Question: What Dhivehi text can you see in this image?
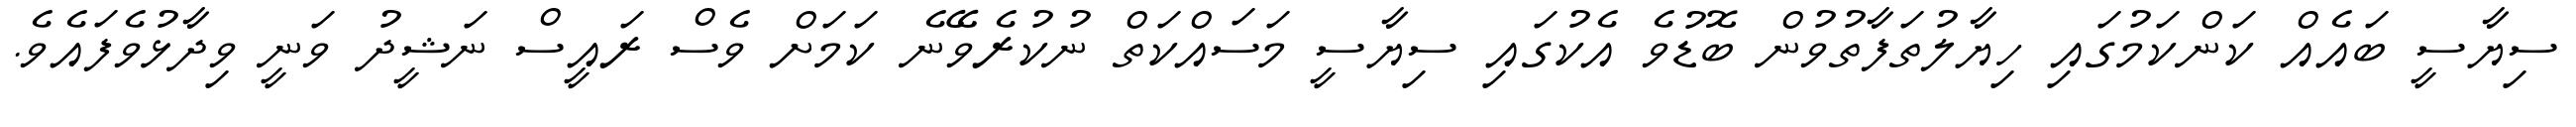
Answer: ސިޔާސީ ބައެއް ކަންކަމުގައި ހިޔާލުތަފާތުވުން ބޮޑުވެ އެކުގައި ސިޔާސީ މަސައްކަތް ނުކުރެވޭނެ ކަމަށް ވެސް ރައީސް ނަޝީދު ވަނީ ވިދާޅުވެފައެވެ.